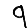
Digit: 9